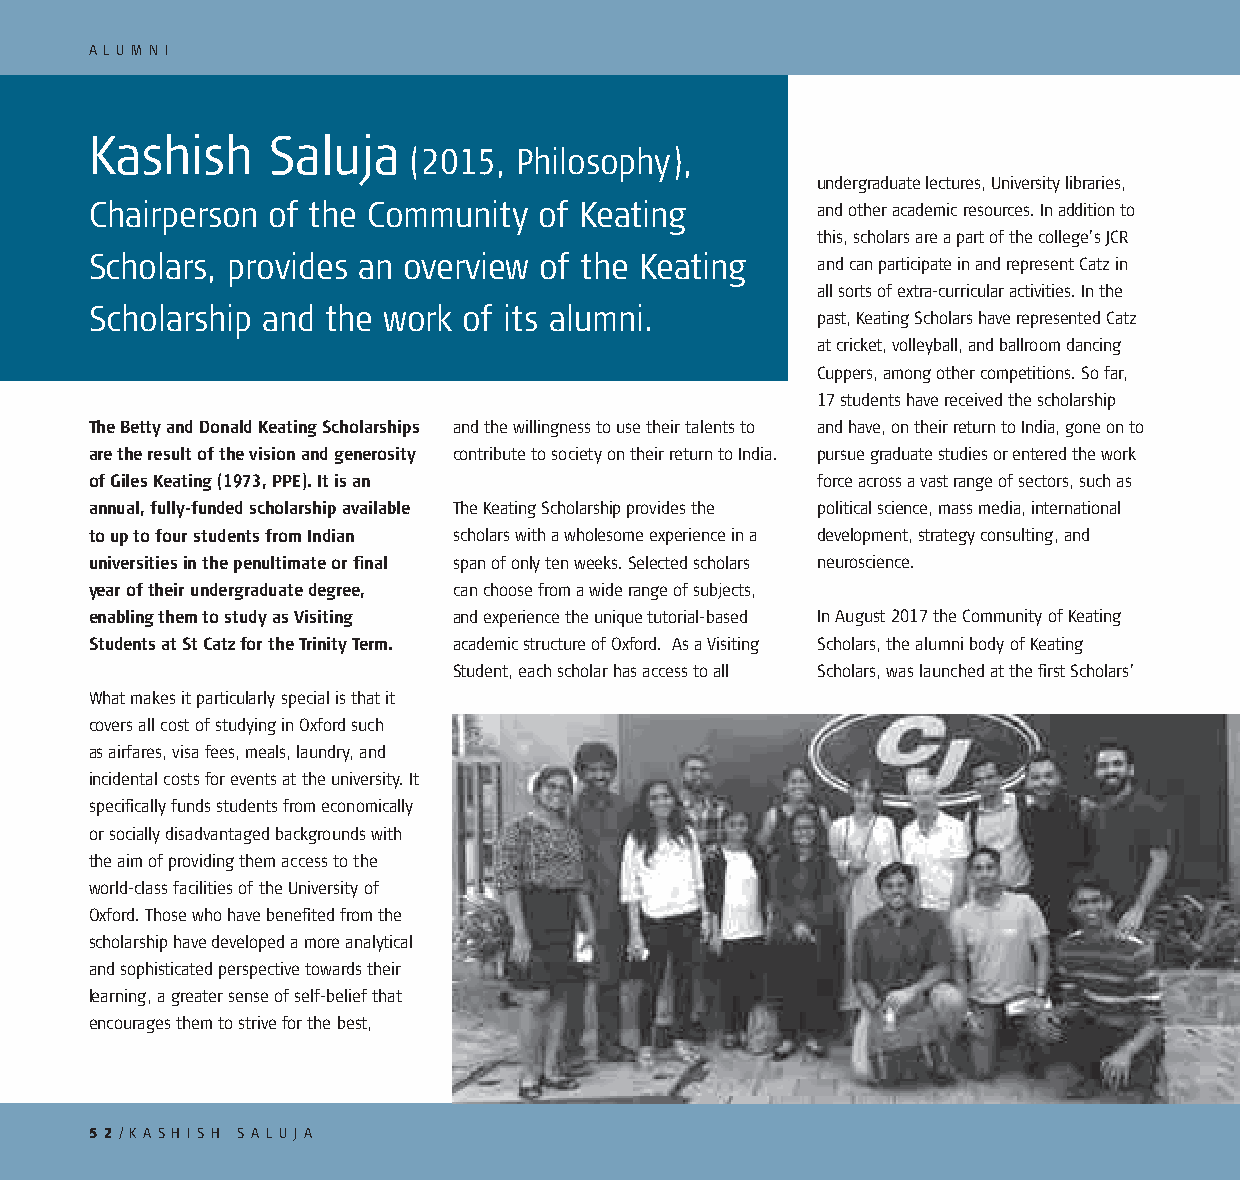
A L U M N I
 Kashish     Saluja
 (2015, Philosophy),
 undergraduate lectures, University libraries,
 Chairperson of the Community  of Keating        and other academic resources. In addition to
 this, scholars are a part of the college’s JCR
 Scholars, provides an overview of the Keating   and can participate in and represent Catz in
 all sorts of extra-curricular activities. In the
 Scholarship and the work of its alumni.
 past, Keating Scholars have represented Catz
 at cricket, volleyball, and ballroom dancing
 Cuppers, among other competitions. So far,
 17 students have received the scholarship
 The Betty and Donald Keating Scholarships and the willingness to use their talents to and have, on their return to India, gone on to
 are the result of the vision and generosity contribute to society on their return to India. pursue graduate studies or entered the work
 of Giles Keating (1973, PPE). It is an          force across a vast range of sectors, such as
 annual, fully-funded scholarship available The Keating Scholarship provides the political science, mass media, international
 to up to four students from Indian scholars with a wholesome experience in a development, strategy consulting, and
 universities in the penultimate or final span of only ten weeks. Selected scholars neuroscience.
 year of their undergraduate degree, can choose from a wide range of subjects,
 enabling them to study as Visiting and experience the unique tutorial-based In August 2017 the Community of Keating
 Students at St Catz for the Trinity Term. academic structure of Oxford. As a Visiting Scholars, the alumni body of Keating
 Student, each scholar has access to all Scholars, was launched at the first Scholars’
 What makes it particularly special is that it
 covers all cost of studying in Oxford such
 as airfares, visa fees, meals, laundry, and
 incidental costs for events at the university. It
 specifically funds students from economically
 or socially disadvantaged backgrounds with
 the aim of providing them access to the
 world-class facilities of the University of
 Oxford. Those who have benefited from the
 scholarship have developed a more analytical
 and sophisticated perspective towards their
 learning, a greater sense of self-belief that
 encourages them to strive for the best,
 5 2/ KA S H I S H S A L U J A